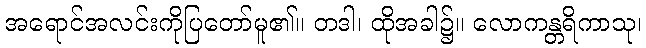
အရောင်အလင်းကိုပြတော်မူ၏။ တဒါ၊ ထိုအခါ၌။ လောကန္တရိကာသု၊